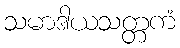
သမာဒါယသတ္တကံ